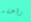
وأعتقد